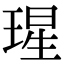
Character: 瑆